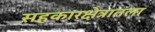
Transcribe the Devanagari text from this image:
सहकारक्षेत्रातला